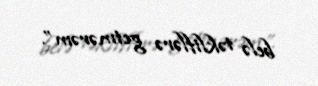
belə təkliflərə getmərəm”.